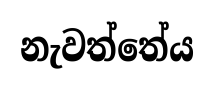
නැවත්තේය